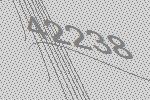
42238